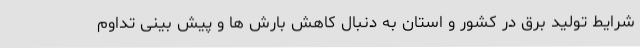
شرایط تولید برق در کشور و استان به دنبال کاهش بارش ها و پیش بینی تداوم